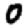
Digit: 0